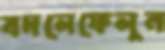
বদলেফেলুন